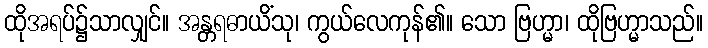
ထိုအရပ်၌သာလျှင်။ အန္တရဓာယိံသု၊ ကွယ်လေကုန်၏။ သော ဗြဟ္မာ၊ ထိုဗြဟ္မာသည်။